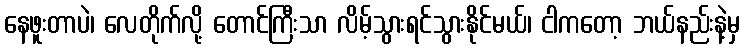
နေဖူးတာပဲ၊ လေတိုက်လို့ တောင်ကြီးသာ လိမ့်သွားရင်သွားနိုင်မယ်၊ ငါကတော့ ဘယ်နည်းနဲ့မှ